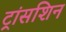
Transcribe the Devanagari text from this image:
ट्रांसशिन